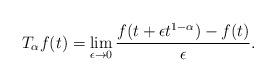
LaTeX: \begin{align*}T_{\alpha}f(t)=\lim_{\epsilon\rightarrow0}\frac{f(t+\epsilon t^{1-\alpha})-f(t)}{\epsilon}.\end{align*}